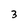
Character: 3